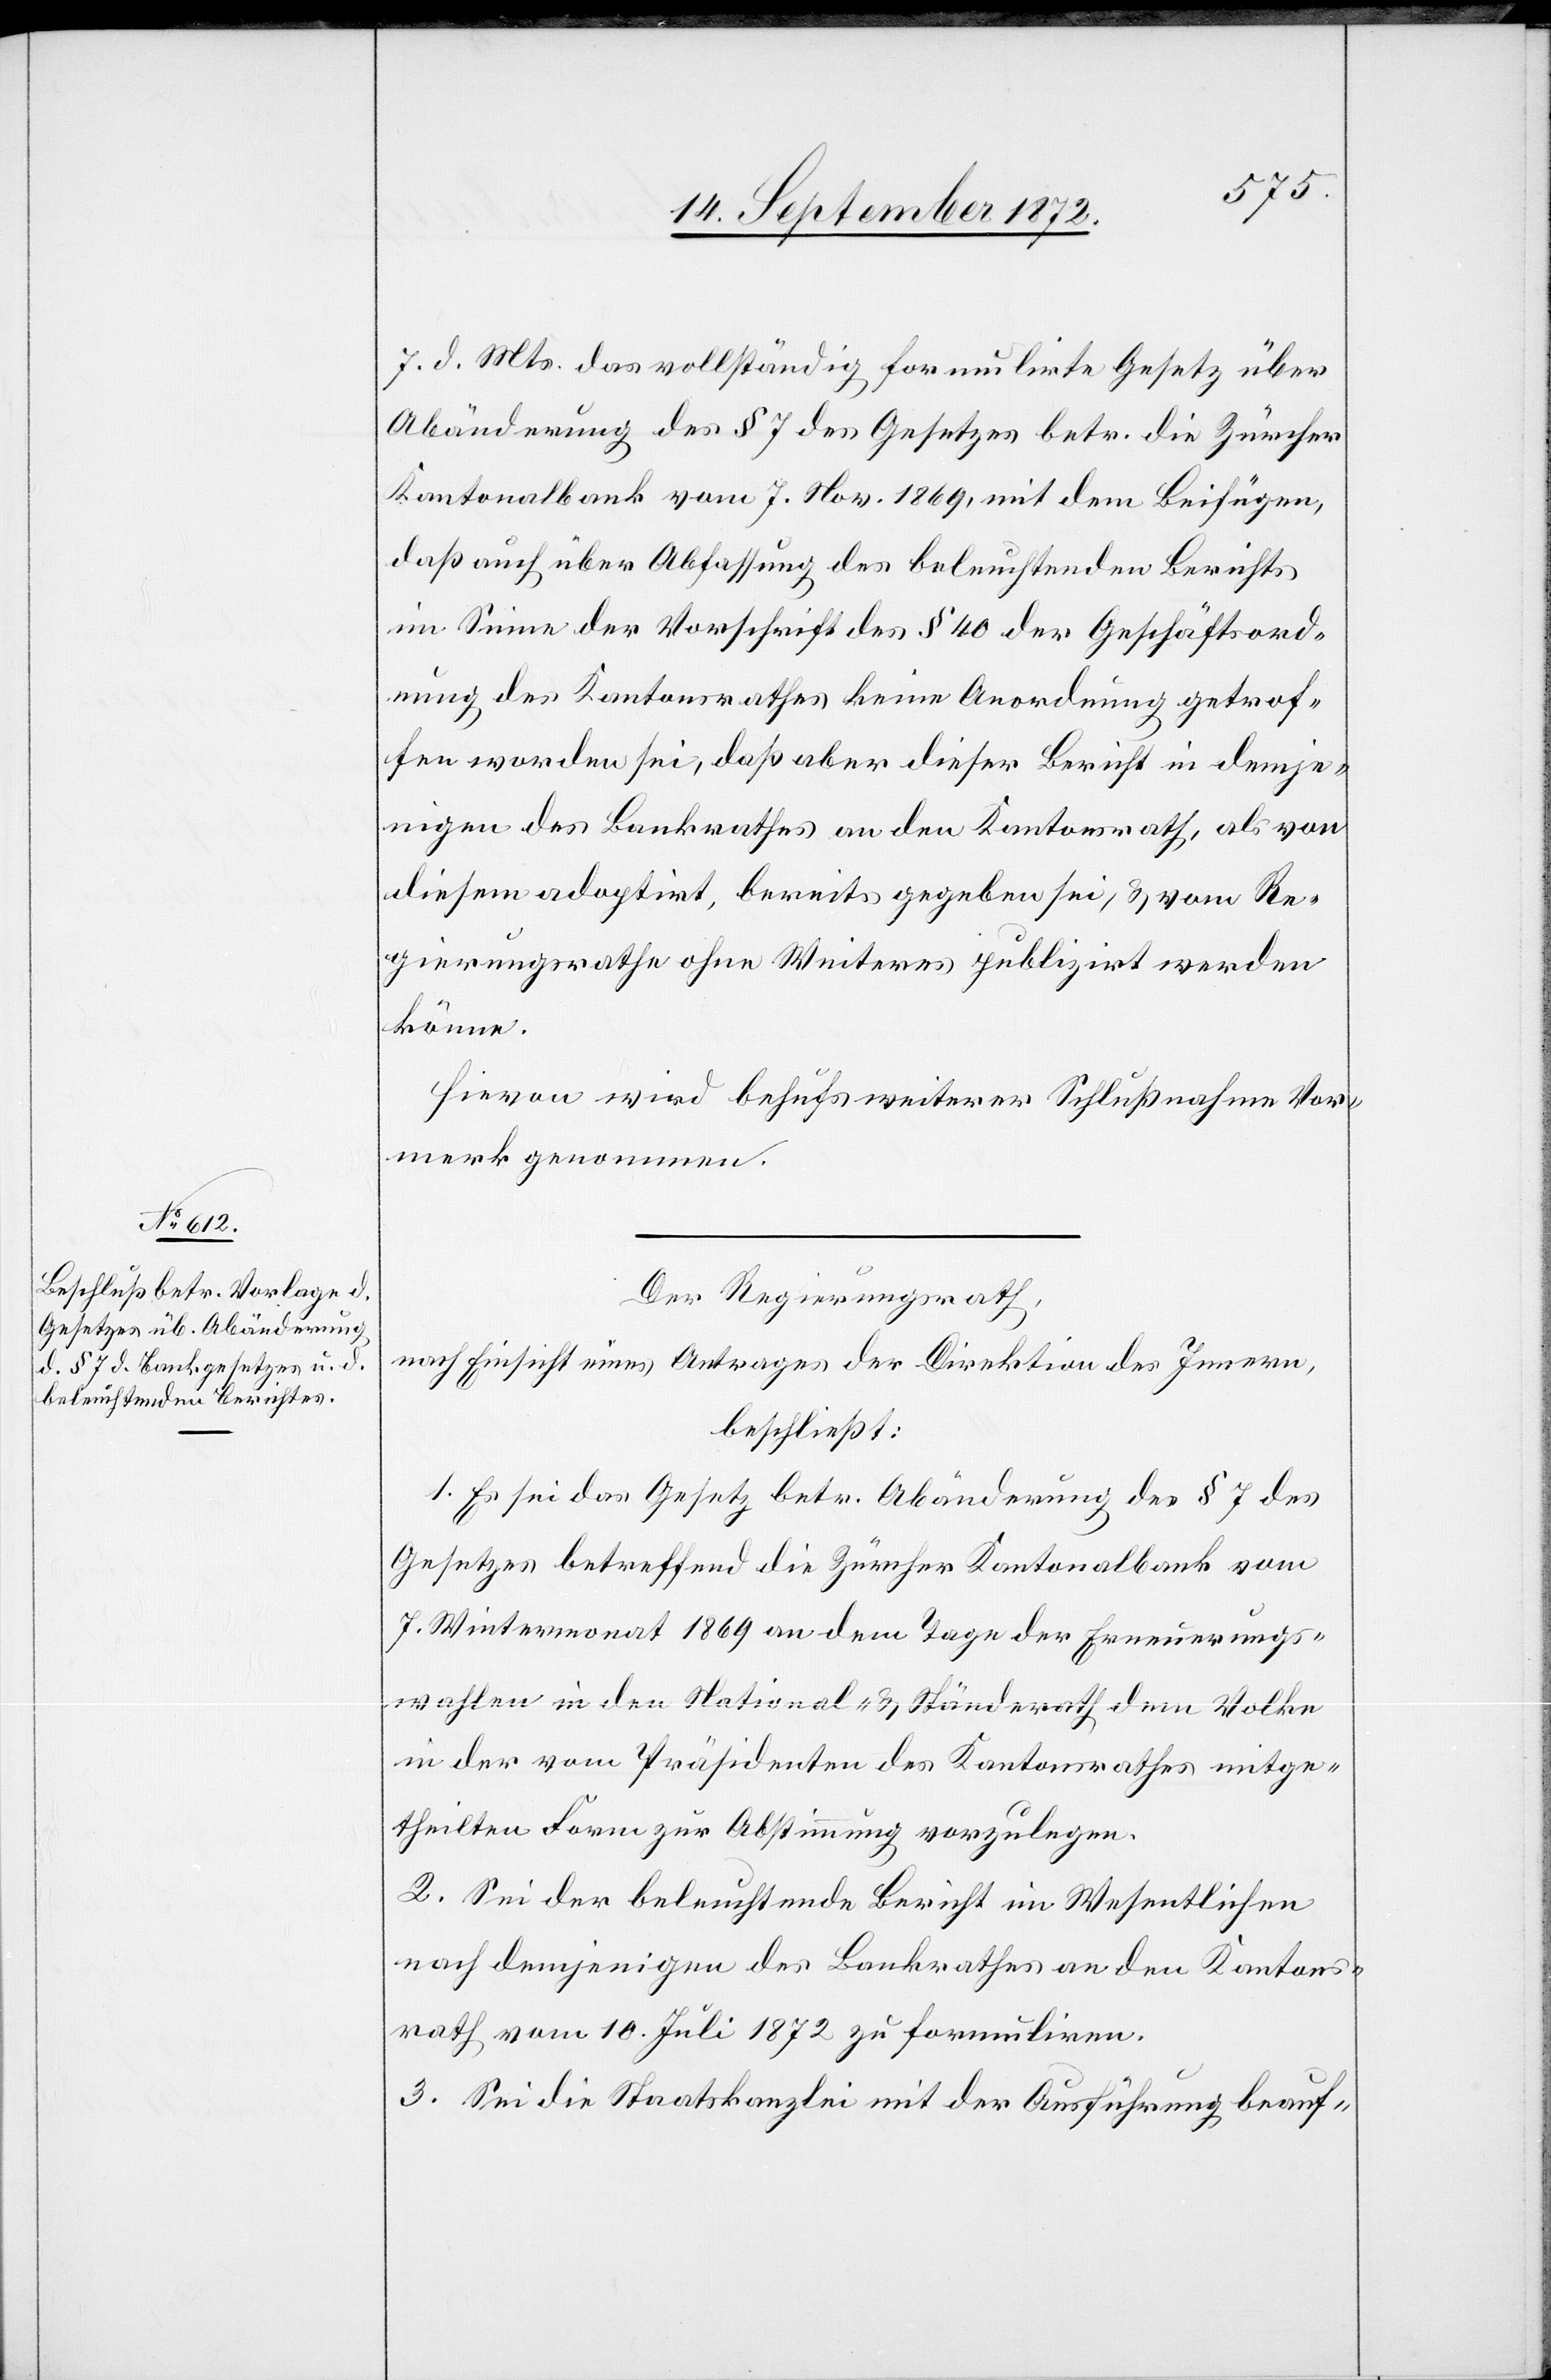
7. d. Mts. das vollständig formulirte Gesetz über
Abänderung des § 7 des Gesetzes betr. die Zürcher
Kantonalbank vom 7. Nov. 1869, mit dem Beifügen,
daß auch über Abfassung des beleuchtenden Berichts
im Sinne der Vorschrift des § 40 der Geschäftsord¬
nung des Kantonsrathes keine Anordnung getrof¬
fen worden sei, daß aber dieser Bericht in demje¬
nigen des Bankrathes an den Kantonsrath, als von
diesem adoptirt, bereits gegeben sei, u. vom Re¬
gierungsrathe ohne Weiteres publizirt werden
könne.
Hievon wird behufs weiterer Schlußnahme Vor¬
merk genommen.
Der Regierungsrath,
nach Einsicht eines Antrages der Direktion des Innern,
beschließt:
1. Es sei das Gesetz betr. Abänderung des § 7 des
Gesetzes betreffend die Zürcher Kantonalbank vom
7. Wintermonat 1869 an dem Tage der Erneuerungs¬
wahlen in den National- u. Ständerath dem Volke
in der vom Präsidenten des Kantonsrathes mitge¬
theilten Form zur Abstimmung vorzulegen.
2. Sei der beleuchtende Bericht im Wesentlichen
nach demjenigen des Bankrathes an den Kantons¬
rath vom 10. Juli 1872 zu formuliren.
3. Sei die Staatskanzlei mit der Ausführung beauf-